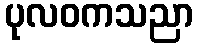
ပုလဝကသညာ